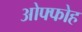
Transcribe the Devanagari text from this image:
ओफ्फोह